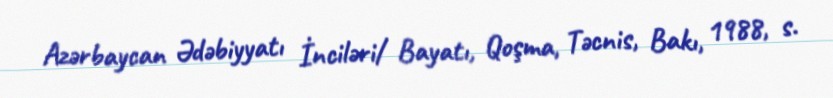
Azərbaycan Ədəbiyyatı İnciləri/ Bayatı, Qoşma, Təcnis, Bakı, 1988, s.